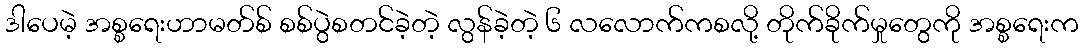
ဒါပေမဲ့ အစ္စရေးဟာမတ်စ် စစ်ပွဲစတင်ခဲ့တဲ့ လွန်ခဲ့တဲ့ ၆ လလောက်ကစလို့ တိုက်ခိုက်မှုတွေကို အစ္စရေးက